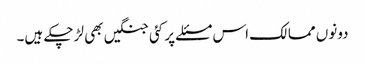
دونوں ممالک اس مسئلے پر کئی جنگیں بھی لڑ چکے ہیں۔